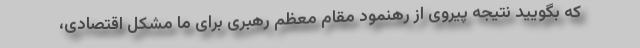
که بگویید نتیجه پیروی از رهنمود مقام معظم رهبری برای ما مشکل اقتصادی،